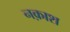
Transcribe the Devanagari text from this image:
नक़ाश